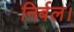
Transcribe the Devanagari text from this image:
निर्बल।